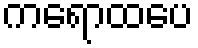
ကရောထပေ